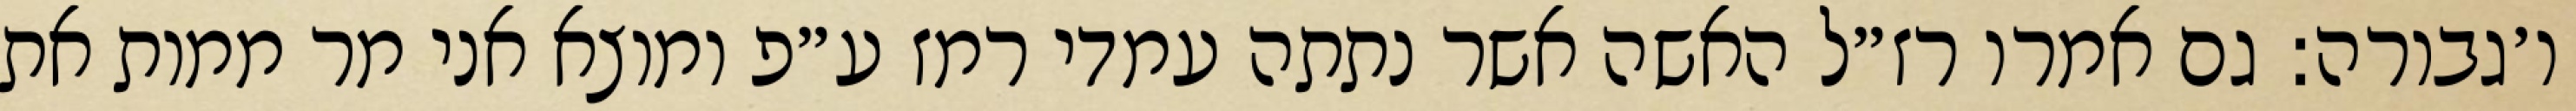
ו׳גבורה: גם אמרו רז״ל האשה אשר נתתה עמדי רמז ע״פ ומוצא אני מר ממות את